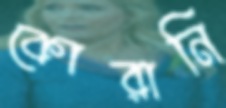
কোরানি